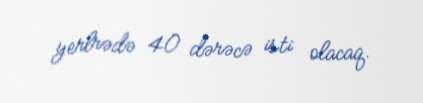
yerlrədə 40 dərəcə isti olacaq.